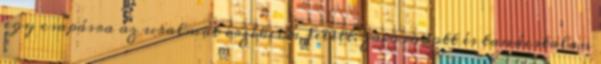
egy csapásra az uralmat érzékeim felett; zavarodott és tanácstalan